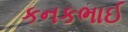
કનકભાઈ